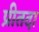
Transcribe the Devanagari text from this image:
प्रीतदा